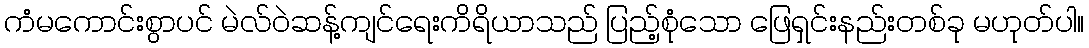
ကံမကောင်းစွာပင် မဲလ်ဝဲဆန့်ကျင်ရေးကိရိယာသည် ပြည့်စုံသော ဖြေရှင်းနည်းတစ်ခု မဟုတ်ပါ။